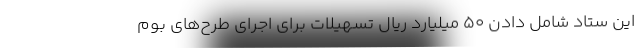
این ستاد شامل دادن ۵۰ میلیارد ریال تسهیلات برای اجرای طرح‌های بوم